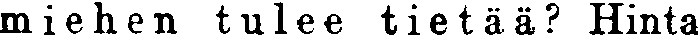
miehen tulee tietää? Hinta